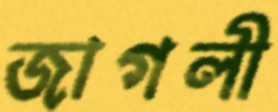
জাগলী